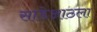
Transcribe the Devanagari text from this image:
साडेआठला